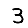
Digit: 3